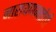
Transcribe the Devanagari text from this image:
नारायणभाईंची